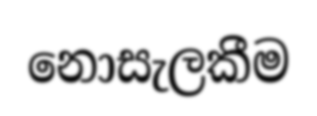
නොසැලකීම